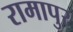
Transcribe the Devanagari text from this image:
रामापुर